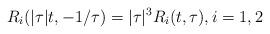
LaTeX: \begin{align*} R_i(|\tau|t,-1/\tau)=|\tau|^3R_i(t,\tau), i=1,2\end{align*}